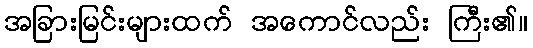
အခြားမြင်းများထက် အကောင်လည်း ကြီး၏။